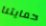
حمايتنا